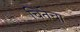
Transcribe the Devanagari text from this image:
चितेचा